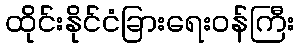
ထိုင်းနိုင်ငံခြားရေးဝန်ကြီး